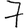
Digit: 7